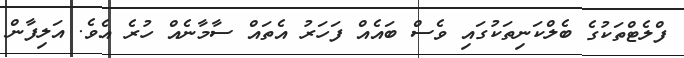
ފްލެޓްތަކުގެ ބެލްކަނިތަކުގައި ވެސް ބައެއް ފަހަރު އެތައް ސާމާނެއް ހުރެ އެވެ. އަލިފާން